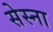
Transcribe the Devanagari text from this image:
सेस्ना